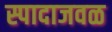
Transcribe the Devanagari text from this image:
स्पादाजवळ